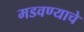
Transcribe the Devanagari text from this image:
मडवण्याचे